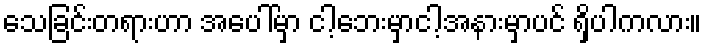
သေခြင်းတရားဟာ အပေါ်မှာ ငါ့ဘေးမှာငါ့အနားမှာပင် ရှိပါကလား။